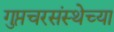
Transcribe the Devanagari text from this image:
गुप्तचरसंस्थेच्या